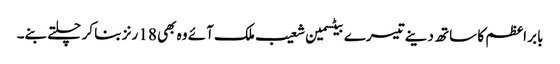
بابر اعظم کا ساتھ دینے تیسرے بیٹسمین شعیب ملک آئے وہ بھی 18 رنز بنا کر چلتے بنے۔